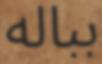
بباله